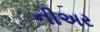
નીઅર